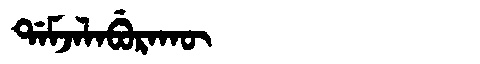
Manchu: ᡩᠠᠮᠵᠠᠯᠠᠪᡠᡵᠠᡴᡡ
Romanization: DAMJALABURAKŪ